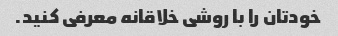
خودتان را با روشی خلاقانه معرفی کنید.